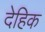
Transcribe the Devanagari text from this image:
देहिक